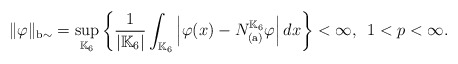
\begin{align*}\|\varphi\|_{\mathrm{b}\sim} = \sup_{\mathbb{K}_6}\left\{\frac{1}{|\mathbb{K}_6|}\int_{\mathbb{K}_6}\left|\varphi(x) - N_{(\mathrm{a})}^{\mathbb{K}_6}\varphi\right|dx\right\} < \infty, \enspace 1 < p < \infty.\end{align*}